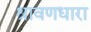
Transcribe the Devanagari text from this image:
श्रावणधारा